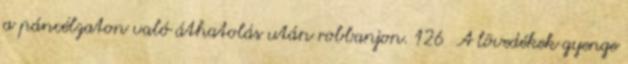
a páncélzaton való áthatolás után robbanjon. 126 A lövedékek gyenge